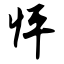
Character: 怦